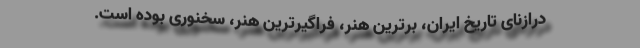
درازنای تاریخ ایران، برترین هنر، فراگیرترین هنر، سخنوری بوده است.